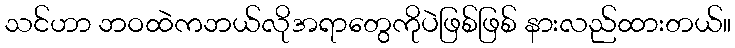
သင်ဟာ ဘဝထဲကဘယ်လိုအရာတွေကိုပဲဖြစ်ဖြစ် နားလည်ထားတယ်။